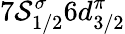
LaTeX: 7\mathcal{S}_{1/2}^{\sigma}6d_{3/2}^{\pi}